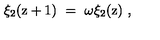
\xi _ { 2 } ( \mathrm { z } + 1 ) \ = \ \omega \xi _ { 2 } ( \mathrm { z } ) \ ,